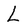
Character: L